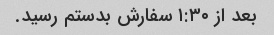
بعد از ۱:۳۰ سفارش بدستم رسید.